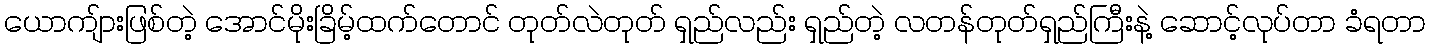
ယောကျ်ားဖြစ်တဲ့ အောင်မိုးခြိမ့်ထက်တောင် တုတ်လဲတုတ် ရှည်လည်း ရှည်တဲ့ လတန်တုတ်ရှည်ကြီးနဲ့ ဆောင့်လုပ်တာ ခံရတာ